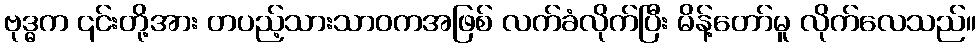
ဗုဒ္ဓက ၎င်းတို့အား တပည့်သားသာဝကအဖြစ် လက်ခံလိုက်ပြီး မိန့်တော်မူ လိုက်လေသည်။